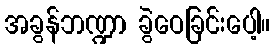
အခွန်ဘဏ္ဍာ ခွဲဝေခြင်းပေါ့။